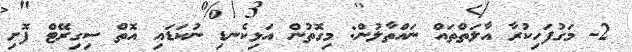
2- މަގުފަހިކުރާ އާލަތްތައް ނައްތާލުން: މިގޮތުން އަޅިކެނޑި ނުކަޑައި އޮތް ސިގިރޭޓް ފޮށި